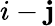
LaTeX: i-\mathbf{j}